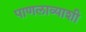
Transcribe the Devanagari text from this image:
पाणलाव्याशी